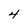
Character: 4